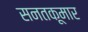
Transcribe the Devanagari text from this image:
सनतकूमार